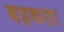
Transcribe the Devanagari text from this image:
बहकता